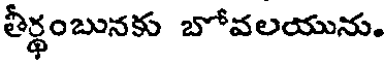
తీర్థంబునకు బోవలయును.